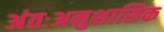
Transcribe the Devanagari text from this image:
अंतःअनुशासिक